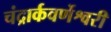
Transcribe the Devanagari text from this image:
चंद्रार्कवर्णेश्वरी